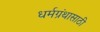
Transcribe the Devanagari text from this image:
धर्मग्रंथासाठी